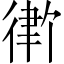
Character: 𪫓